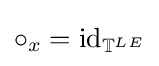
\circ _{x}=\operatorname {id} _{\mathbb {T} ^{LE}}